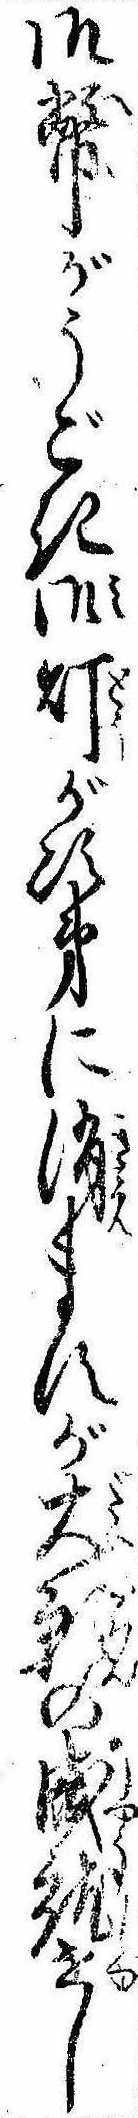
御幣がうごき御灯が次第に消ますが大願の成就せし